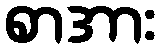
စာအား